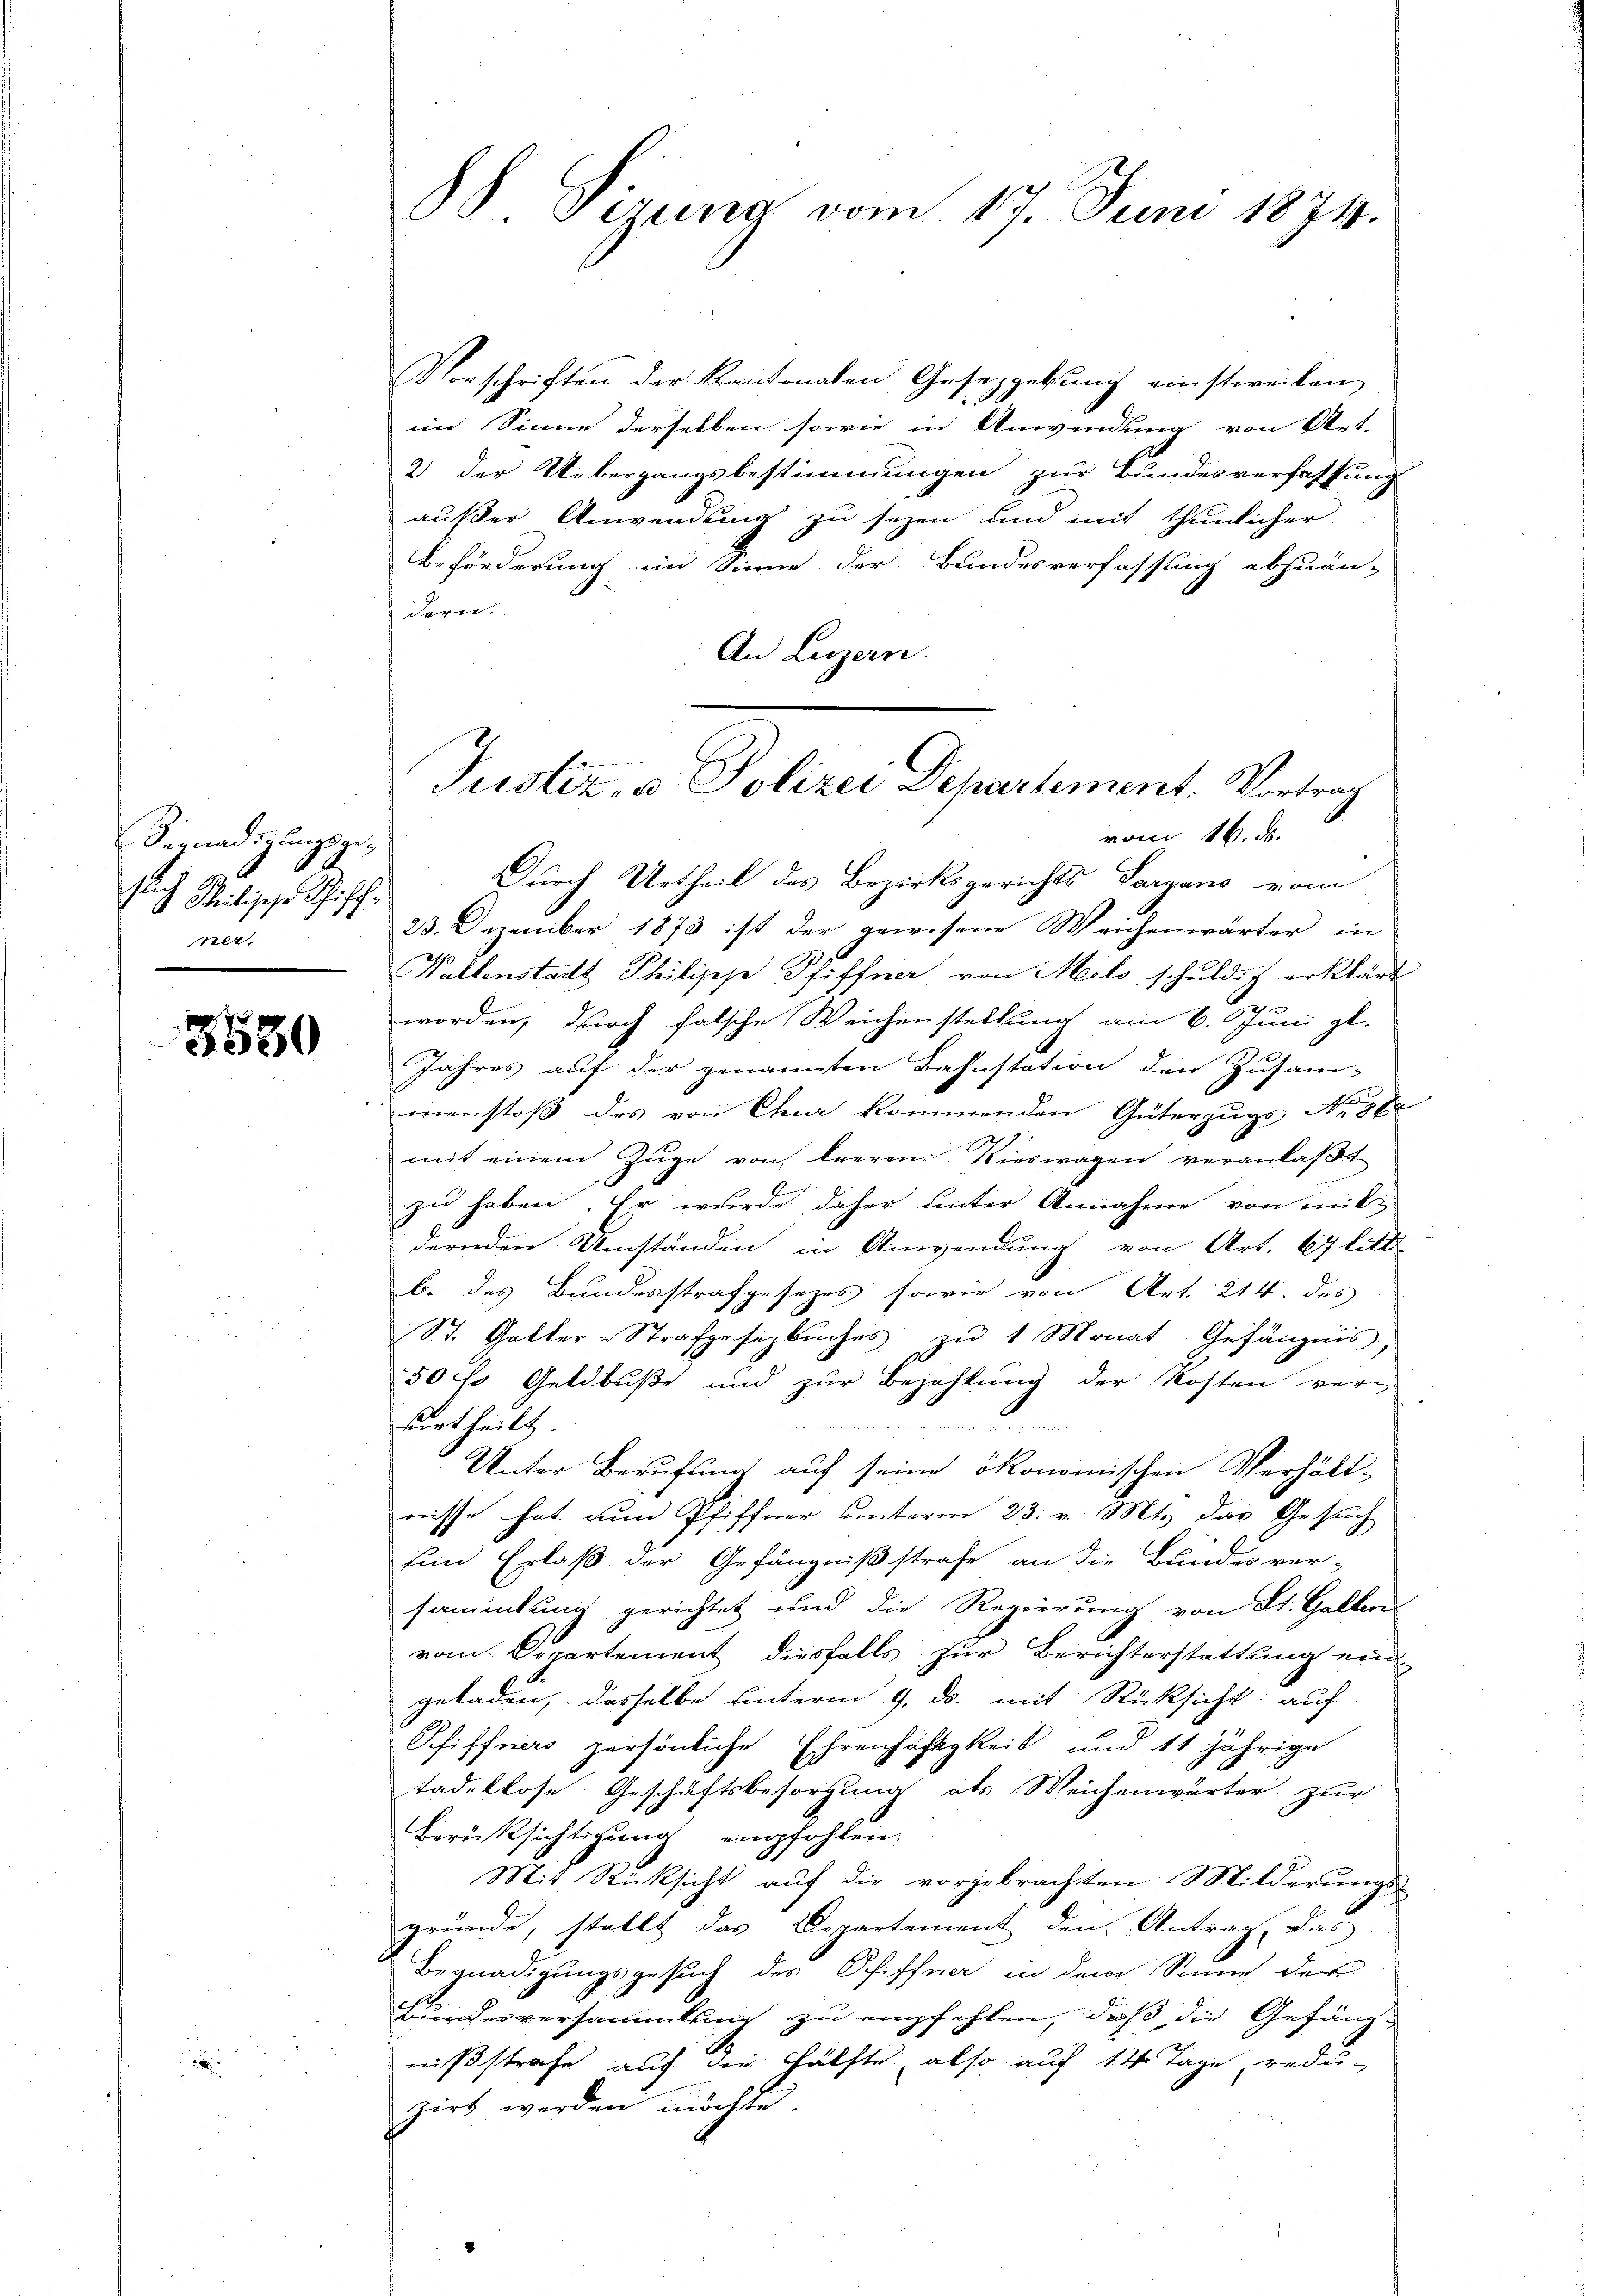
Vernadigungsge-
1
sich Philische Schiffnet.

3550

Vorschriften der Kantonalen Gesetzgebŭng einstweilen
im Sinne derselben sowie in Anwendung von Art.
2 der Uebergangsbestimmungen zur Bundesverfassung
außer Anwendung zu sezen und mit thunlicher
Beförderung im Sinne der Bundesverfassung abzuän-
dern
An Luzern.
Durch Urtheil des Bezirksgerichts Sargano vom
23. Dezember 1873 ist der gewesene Weichenwärter in
Waltenstadt Philipp Pfiffner von Melo schuldig erklärt
worden, durch falsche Weichenstellung am 6. Juni gl.
Jahres auf der genannten Bahnstation den Zusam-
menstoß des von Chur kommenden Güterzugs Nr. 86
mit einem Zuge von freren Rieswagen veranlaßt
zu haben. Er wurde daher unter Annahme von mitdernden Umständen in Anwendung von Art. 67 litt
b. des Bundesstrafgesezes sowie von Art. 214. des
St. Gotter-Strafgesezbuches zu 1 Monat Gefängnis,
50 fl Geldbuße und zur Bezahlung der Kosten ver-
surtheilt
Unter Berufung auf seine ökonomischen Verhält-
nisse hat zum Pfiffner unterm 23. v. Mts. das Gesuch
sind Erlaß der Gefängnißstrafe an die Bundes ver-
saminkung gerichtet und die Regierung von St. Gallen
vom Departement diesfalls zur Berichterstattung ein-
geladen, dasselbe unterm 9. ds. mit Rücksicht: auf
Pfiffners persönliche Ehrenhäftigkeit und 11 jährige
tadellose Geschäftsbesorgung als Weichenwärter zur
Berüksichtigung empfohlen.
Mit Rücksicht auf die vorgebrachten Milderungs-
gründe, stellt das Departement den Antrag, das
Begnadigungsgesuch des Schiffna in dem Sinne der
Hundesversammlung zu empfehlen, daß die Gefäng-
nißstrafe auch die Hälfte, also auf 14 Tage, reduzirt werden möchte.

88 Sirung vom 17. Juni 1874.

Justiz, u. Polizei Departement. Vortrag
vom 16. d.